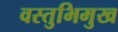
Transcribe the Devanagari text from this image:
वस्तुभिमुख